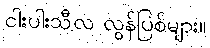
ငါးပါးသီလ လွန်ပြစ်များ။